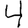
Digit: 4